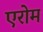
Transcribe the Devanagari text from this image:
एरोम